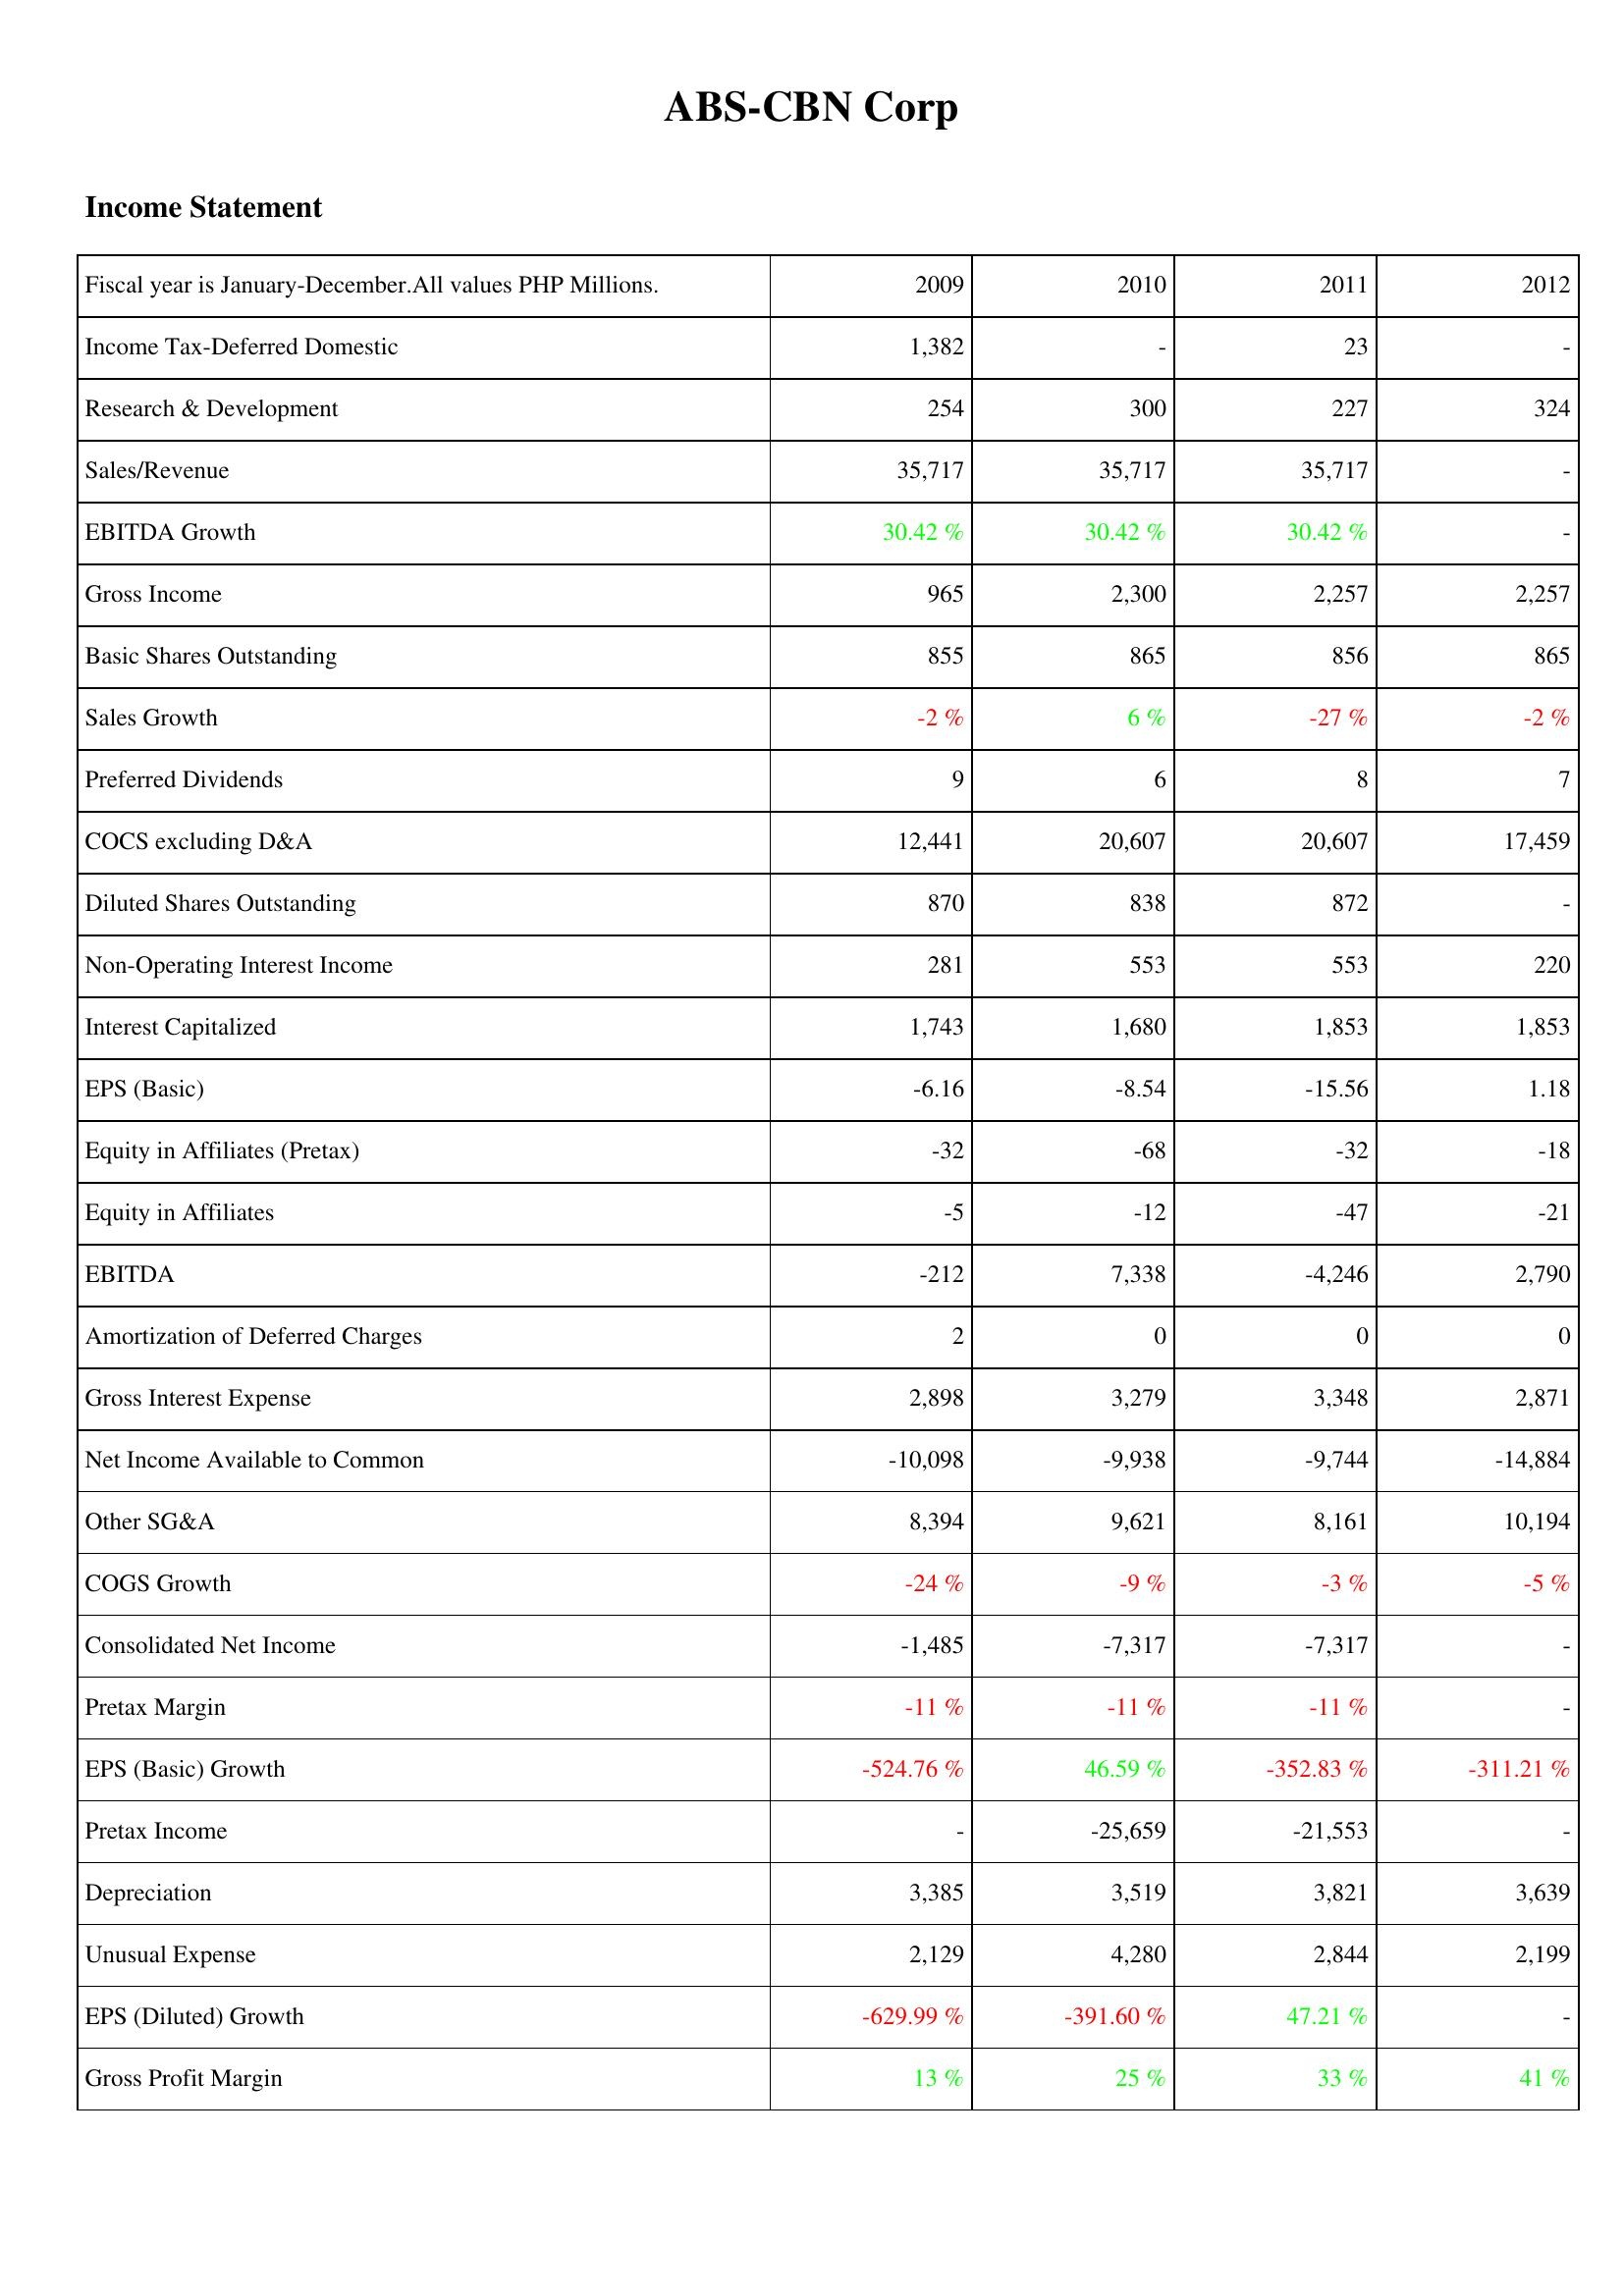
2009: Income Statement: Income Tax-Deferred Domestic: 1,382
Research & Development: 254
Sales/Revenue: 35,717
EBITDA Growth: 30.42 %
Gross Income: 965
Basic Shares Outstanding: 855
Sales Growth: -2 %
Preferred Dividends: 9
COCS excluding D&A: 12,441
Diluted Shares Outstanding: 870
Non-Operating Interest Income: 281
Interest Capitalized: 1,743
EPS (Basic): -6.16
Equity in Affiliates (Pretax): -32
Equity in Affiliates: -5
EBITDA: -212
Amortization of Deferred Charges: 2
Gross Interest Expense: 2,898
Net Income Available to Common: -10,098
Other SG&A: 8,394
COGS Growth: -24 %
Consolidated Net Income: -1,485
Pretax Margin: -11 %
EPS (Basic) Growth: -524.76 %
Pretax Income: -
Depreciation: 3,385
Unusual Expense: 2,129
EPS (Diluted) Growth: -629.99 %
Gross Profit Margin: 13 %
2010: Income Statement: Income Tax-Deferred Domestic: -
Research & Development: 300
Sales/Revenue: 35,717
EBITDA Growth: 30.42 %
Gross Income: 2,300
Basic Shares Outstanding: 865
Sales Growth: 6 %
Preferred Dividends: 6
COCS excluding D&A: 20,607
Diluted Shares Outstanding: 838
Non-Operating Interest Income: 553
Interest Capitalized: 1,680
EPS (Basic): -8.54
Equity in Affiliates (Pretax): -68
Equity in Affiliates: -12
EBITDA: 7,338
Amortization of Deferred Charges: 0
Gross Interest Expense: 3,279
Net Income Available to Common: -9,938
Other SG&A: 9,621
COGS Growth: -9 %
Consolidated Net Income: -7,317
Pretax Margin: -11 %
EPS (Basic) Growth: 46.59 %
Pretax Income: -25,659
Depreciation: 3,519
Unusual Expense: 4,280
EPS (Diluted) Growth: -391.60 %
Gross Profit Margin: 25 %
2011: Income Statement: Income Tax-Deferred Domestic: 23
Research & Development: 227
Sales/Revenue: 35,717
EBITDA Growth: 30.42 %
Gross Income: 2,257
Basic Shares Outstanding: 856
Sales Growth: -27 %
Preferred Dividends: 8
COCS excluding D&A: 20,607
Diluted Shares Outstanding: 872
Non-Operating Interest Income: 553
Interest Capitalized: 1,853
EPS (Basic): -15.56
Equity in Affiliates (Pretax): -32
Equity in Affiliates: -47
EBITDA: -4,246
Amortization of Deferred Charges: 0
Gross Interest Expense: 3,348
Net Income Available to Common: -9,744
Other SG&A: 8,161
COGS Growth: -3 %
Consolidated Net Income: -7,317
Pretax Margin: -11 %
EPS (Basic) Growth: -352.83 %
Pretax Income: -21,553
Depreciation: 3,821
Unusual Expense: 2,844
EPS (Diluted) Growth: 47.21 %
Gross Profit Margin: 33 %
2012: Income Statement: Income Tax-Deferred Domestic: -
Research & Development: 324
Sales/Revenue: -
EBITDA Growth: -
Gross Income: 2,257
Basic Shares Outstanding: 865
Sales Growth: -2 %
Preferred Dividends: 7
COCS excluding D&A: 17,459
Diluted Shares Outstanding: -
Non-Operating Interest Income: 220
Interest Capitalized: 1,853
EPS (Basic): 1.18
Equity in Affiliates (Pretax): -18
Equity in Affiliates: -21
EBITDA: 2,790
Amortization of Deferred Charges: 0
Gross Interest Expense: 2,871
Net Income Available to Common: -14,884
Other SG&A: 10,194
COGS Growth: -5 %
Consolidated Net Income: -
Pretax Margin: -
EPS (Basic) Growth: -311.21 %
Pretax Income: -
Depreciation: 3,639
Unusual Expense: 2,199
EPS (Diluted) Growth: -
Gross Profit Margin: 41 %